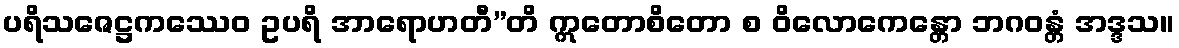
ပရိသဇေဋ္ဌကဿေဝ ဥပရိ အာရောဟတီ”တိ ဣတောစိတော စ ဝိလောကေန္တော ဘဂဝန္တံ အဒ္ဒသ။